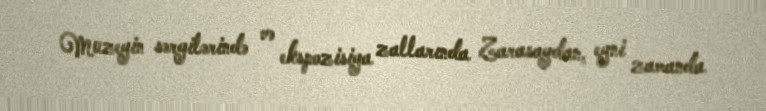
Muzeyin sərgilərində və ekspozisiya zallarında Zarasaydan, eyni zamanda